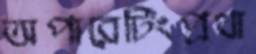
অপারেটিংপ্রথা